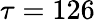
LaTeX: \tau=126